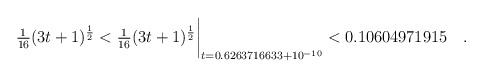
\begin{align*} \tfrac{1}{16}(3t+1)^{\frac12} < \tfrac{1}{16}(3t+1)^{\frac12}\biggr\rvert_{t=0.6263716633 + 10^{-10}} < 0.10604971915\quad . \end{align*}